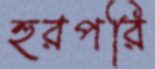
হুরপরি